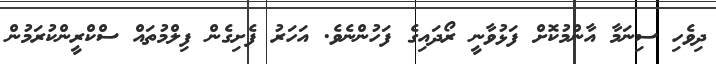
ދިވެހި ސިނަމާ އާންމުކޮށް ފަޅުވާނީ ރޯދައިގެ ފަހުންނެވެ. އަހަރު ފެށިގެން ފިލްމުތައް ސްކްރީންކުރަމުން